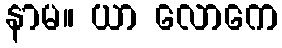
နာမ။ ယာ လောကေ